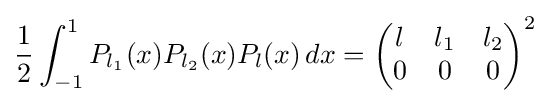
{\frac {1}{2}}\int _{-1}^{1}P_{l_{1}}(x)P_{l_{2}}(x)P_{l}(x)\,dx={\begin{pmatrix}l&l_{1}&l_{2}\\0&0&0\end{pmatrix}}^{2}